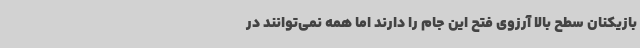
بازیکنان سطح بالا آرزوی فتح این جام را دارند اما همه نمی‌توانند در